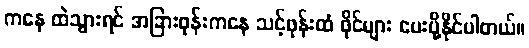
ကနေ ထဲသွားရင် အခြားဖုန်းကနေ သင့်ဖုန်းထံ ဖိုင်များ ပေးပို့နိုင်ပါတယ်။